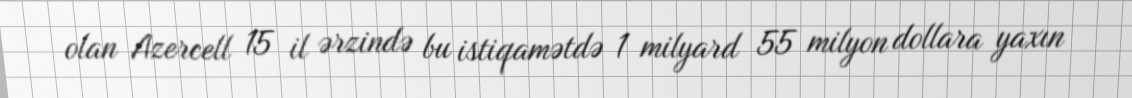
olan Azercell 15 il ərzində bu istiqamətdə 1 milyard 55 milyon dollara yaxın